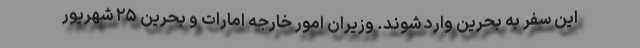
این سفر به بحرین وارد شوند. وزیران امور خارجه امارات و بحرین ۲۵ شهریور